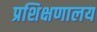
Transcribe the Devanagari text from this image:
प्रशिक्षणालय